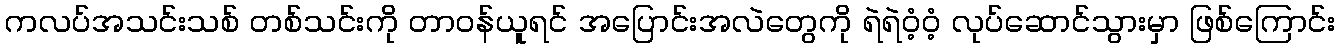
ကလပ်အသင်းသစ် တစ်သင်းကို တာဝန်ယူရင် အပြောင်းအလဲတွေကို ရဲရဲဝံ့ဝံ့ လုပ်ဆောင်သွားမှာ ဖြစ်ကြောင်း